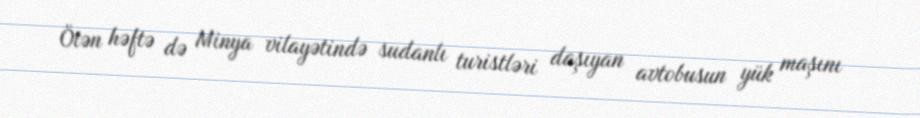
Ötən həftə də Minya vilayətində sudanlı turistləri daşıyan avtobusun yük maşını